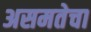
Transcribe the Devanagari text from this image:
असमतेचा